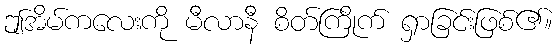
ဤအိမ်ကလေးကို မီလာနီ စိတ်ကြိုက် ရှာခြင်းဖြစ်၏။